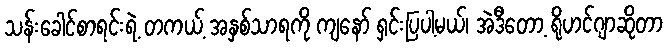
သန်းခေါင်စာရင်းရဲ့ တကယ့် အနှစ်သာရကို ကျနော် ရှင်းပြပါ့မယ်၊ အဲဒီတော့ ရိုဟင်ဂျာဆိုတာ